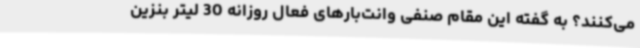
می‌کنند؟ به گفته این مقام صنفی وانت‌بارهای فعال روزانه 30 لیتر بنزین